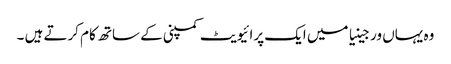
وہ یہاں ورجینیا میں ایک پرائیویٹ کمپنی کے ساتھ کام کرتے ہیں ۔